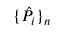
\{ \hat { P } _ { i } \} _ { n }